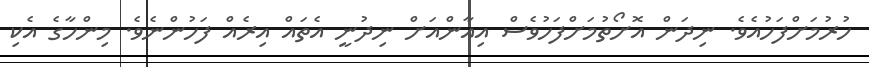
ހުރުމަށްފަހުއެވެ. ނިދަން އޮށޯތުމަށްފަހުވެސް އިއާންއަށް ނިދުނީ އެތައް އިރެއް ފަހުންނެވެ. މިންހާގެ އެކި